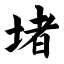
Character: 堵